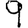
Digit: 9